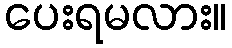
ပေးရမလား။